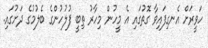
ހަވީރަށް އެނގިފައިވާ ގޮތުގައި އެ މީހުން މިހާރު ތިބީ ފުލުހުންގެ ބެލުމުގެ ދަށުގައި.